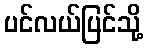
ပင်လယ်ပြင်သို့